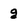
Character: g